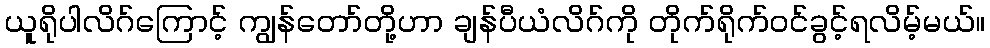
ယူရိုပါလိဂ်ကြောင့် ကျွန်တော်တို့ဟာ ချန်ပီယံလိဂ်ကို တိုက်ရိုက်ဝင်ခွင့်ရလိမ့်မယ်။